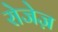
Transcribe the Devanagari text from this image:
रोजेज़